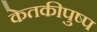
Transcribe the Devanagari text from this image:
केतकीपुष्प